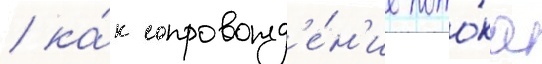
/ ка́к сопровожд'е́н'ие пото́ка